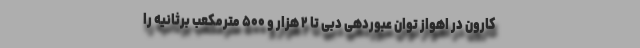
کارون در اهواز توان عبوردهی دبی تا ۲ هزار و ۵۰۰ مترمکعب برثانیه را